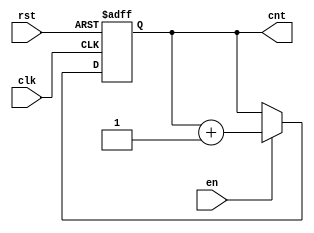
module up_counter_with_enable (
    input wire clk,      // Clock input
    input wire en,       // Enable input
    input wire rst,      // Asynchronous reset input
    output reg [3:0] cnt // 4-bit counter output
);

    // Always block triggered on the rising edge of the clock
    always @(posedge clk or posedge rst) begin
        if (rst) begin
            // Asynchronous reset: set counter to zero
            cnt <= 4'b0000;
        end else if (en) begin
            // Increment the counter if enabled
            cnt <= cnt + 1;
        end
        // If not reset and not enabled, the counter retains its value
    end

endmodule